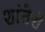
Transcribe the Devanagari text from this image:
शांतेरी